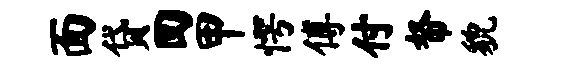
面贷回甲愕傅付帑貌